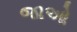
જાઓ